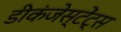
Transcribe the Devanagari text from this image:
डीकंजेस्टेंट्स